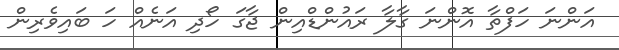
އަންނަ ހަފްތާ އޮންނަ ގާލާ ރައުންޑްއިން ޖާގަ ހޯދި އަނެއް ހަ ބައިވެރިން